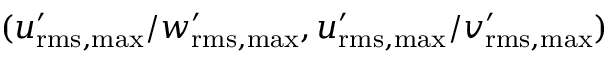
( { u _ { \mathrm { r m s , m a x } } ^ { \prime } } / { w _ { \mathrm { r m s , m a x } } ^ { \prime } } , { u _ { \mathrm { r m s , m a x } } ^ { \prime } } / { v _ { \mathrm { r m s , m a x } } ^ { \prime } } )